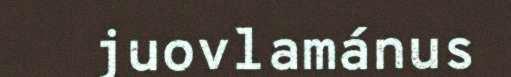
juovlamánus